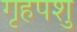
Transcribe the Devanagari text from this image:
गृहपशु